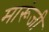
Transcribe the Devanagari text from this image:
मारूंजी